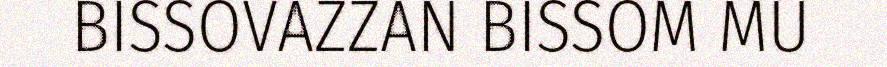
BISSOVAZZAN BISSOM MU